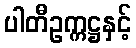
ပါတီဥက္ကဋ္ဌနှင့်